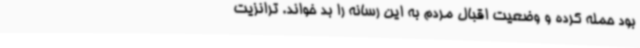
بود حمله کرده و وضعیت اقبال مردم به این رسانه را بد خواند. ترانزیت